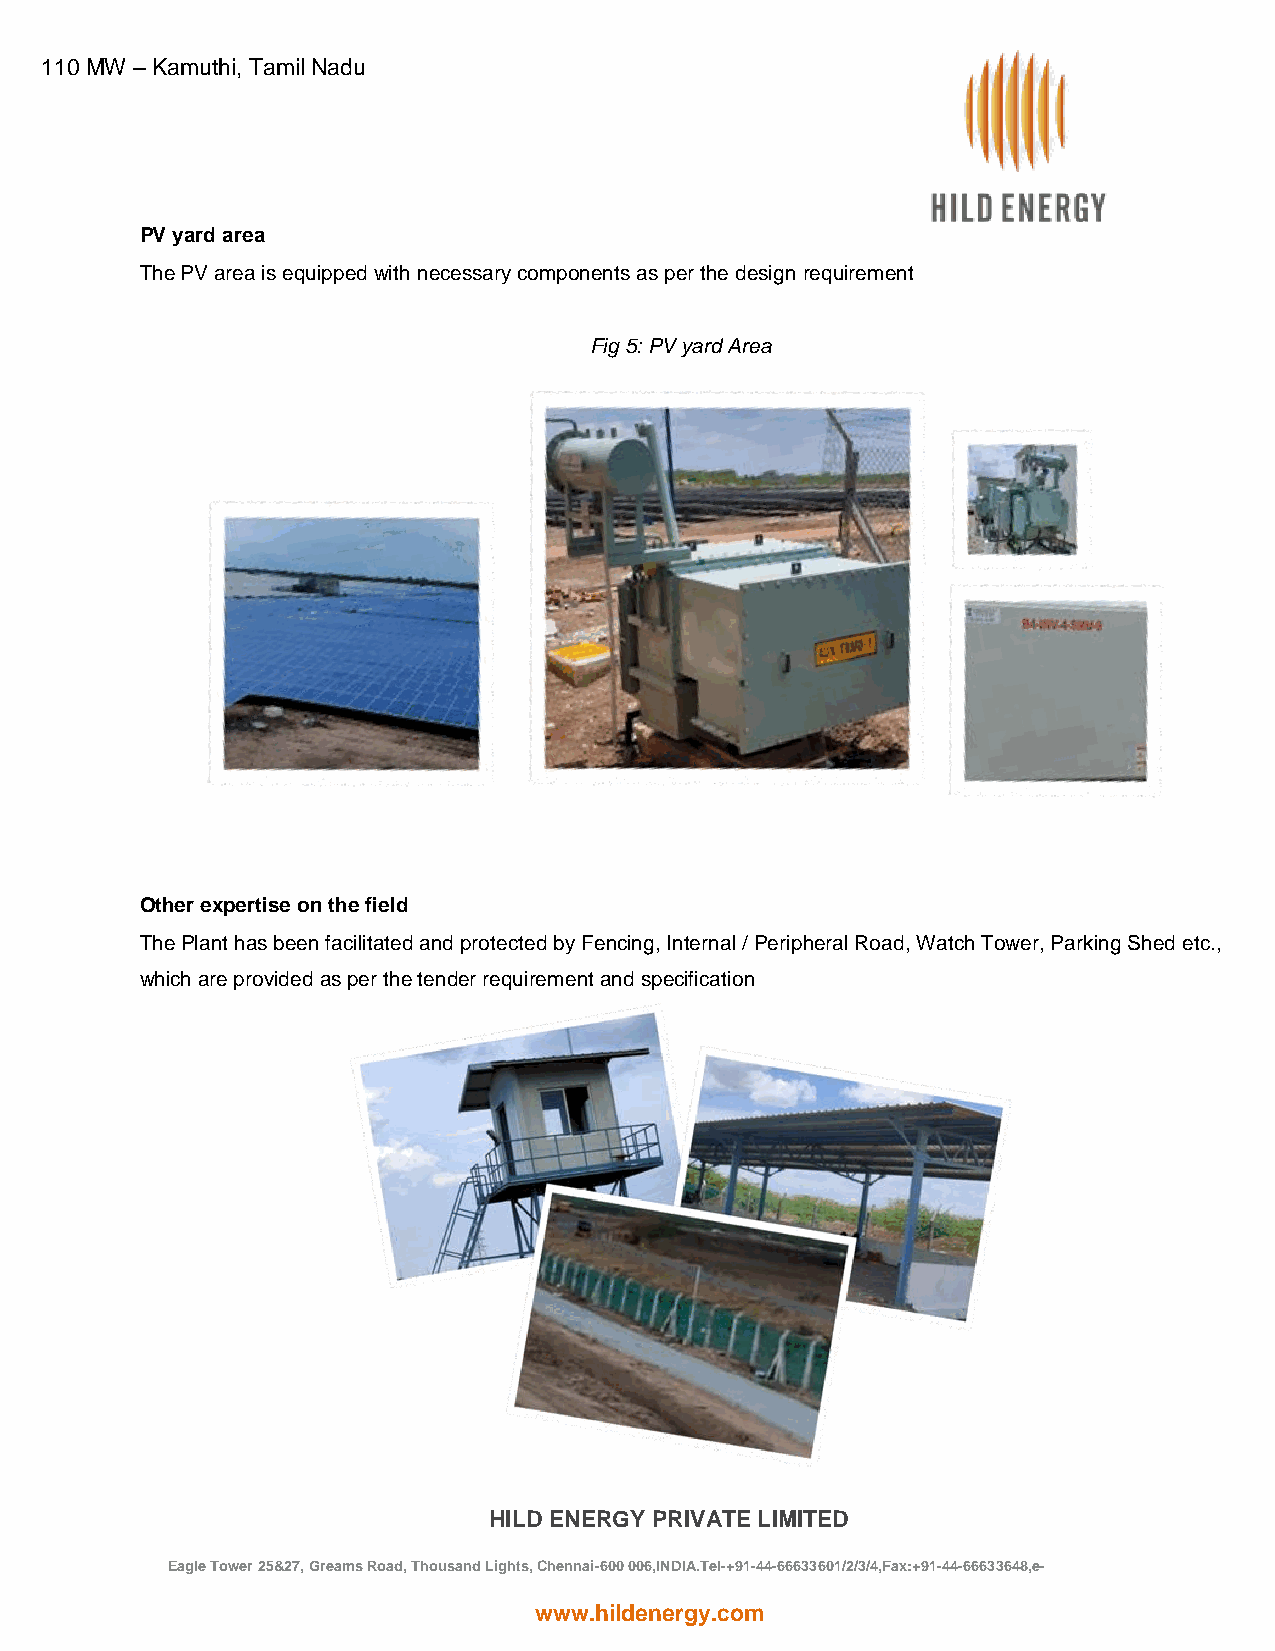
110 MW – Kamuthi, Tamil Nadu
 PV yard area
 The PV area is equipped with necessary components as per the design requirement
 Fig 5: PV yard Area
 Other expertise on the field
 The Plant has been facilitated and protected by Fencing, Internal / Peripheral Road, Watch Tower, Parking Shed etc.,
 which are provided as per the tender requirement and specification
 HILD ENERGY PRIVATE LIMITED
 Eagle Tower 25&27, Greams Road, Thousand Lights, Chennai-600 006,INDIA.Tel-+91-44-66633601/2/3/4,Fax:+91-44-66633648,e-
 mail:hild@hildenergy.com
 www.hildenergy.com